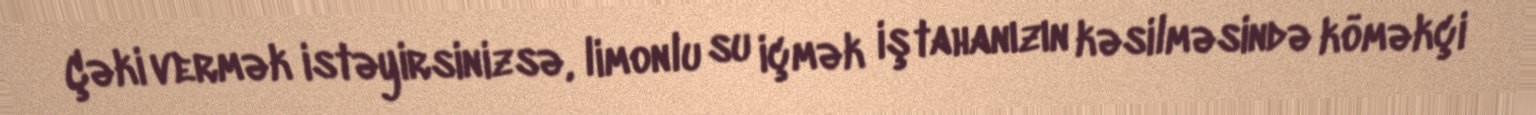
Çəki vermək istəyirsinizsə, limonlu su içmək iştahanızın kəsilməsində köməkçi